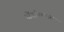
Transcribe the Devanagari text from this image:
नोंदविल्यास